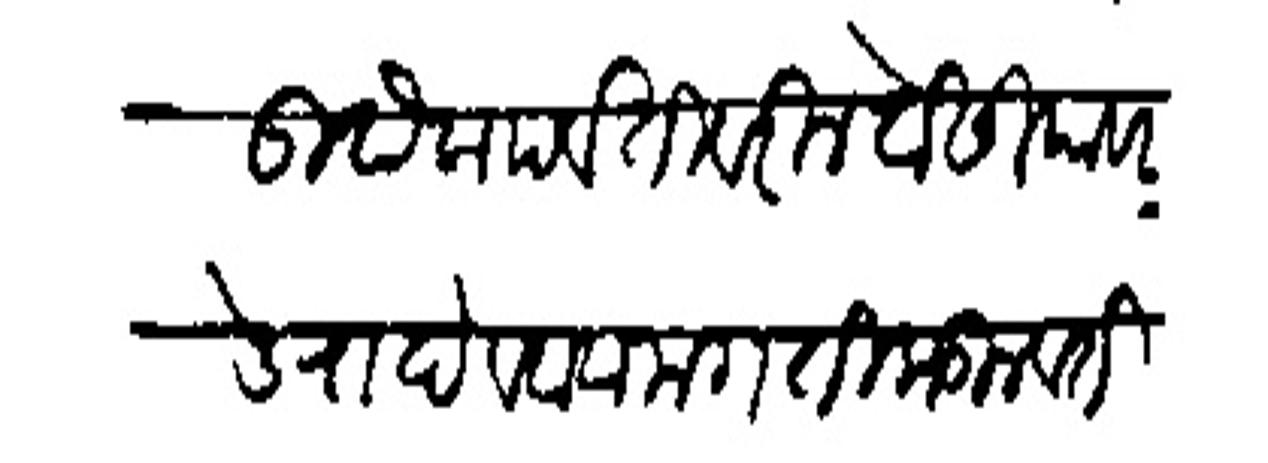
Transliteration (Devanagari): उर्दक पर्वंतीबरील बोदियाबर डेरा देववावा मग तिकडील वर्तमान